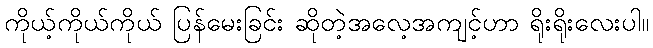
ကိုယ့်ကိုယ်ကိုယ် ပြန်မေးခြင်း ဆိုတဲ့အလေ့အကျင့်ဟာ ရိုးရိုးလေးပါ။